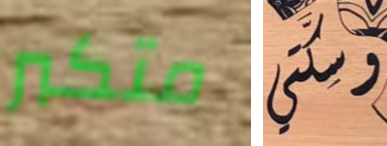
متكبر وسكتي